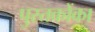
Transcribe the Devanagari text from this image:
पुस्‍तकोंका